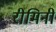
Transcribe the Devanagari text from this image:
रीमिनी